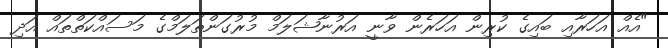
"އެއް އަހަރާއި ބައިގެ ކުރިން އަހަރެން ވާނީ އަރުނާޝަލަމް މުރުގަންތަލަމްގެ މަސައްކަތްތައް އަދި